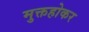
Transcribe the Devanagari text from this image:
मुक्तहोकर